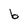
Character: b